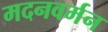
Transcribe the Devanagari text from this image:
मदनवर्मन